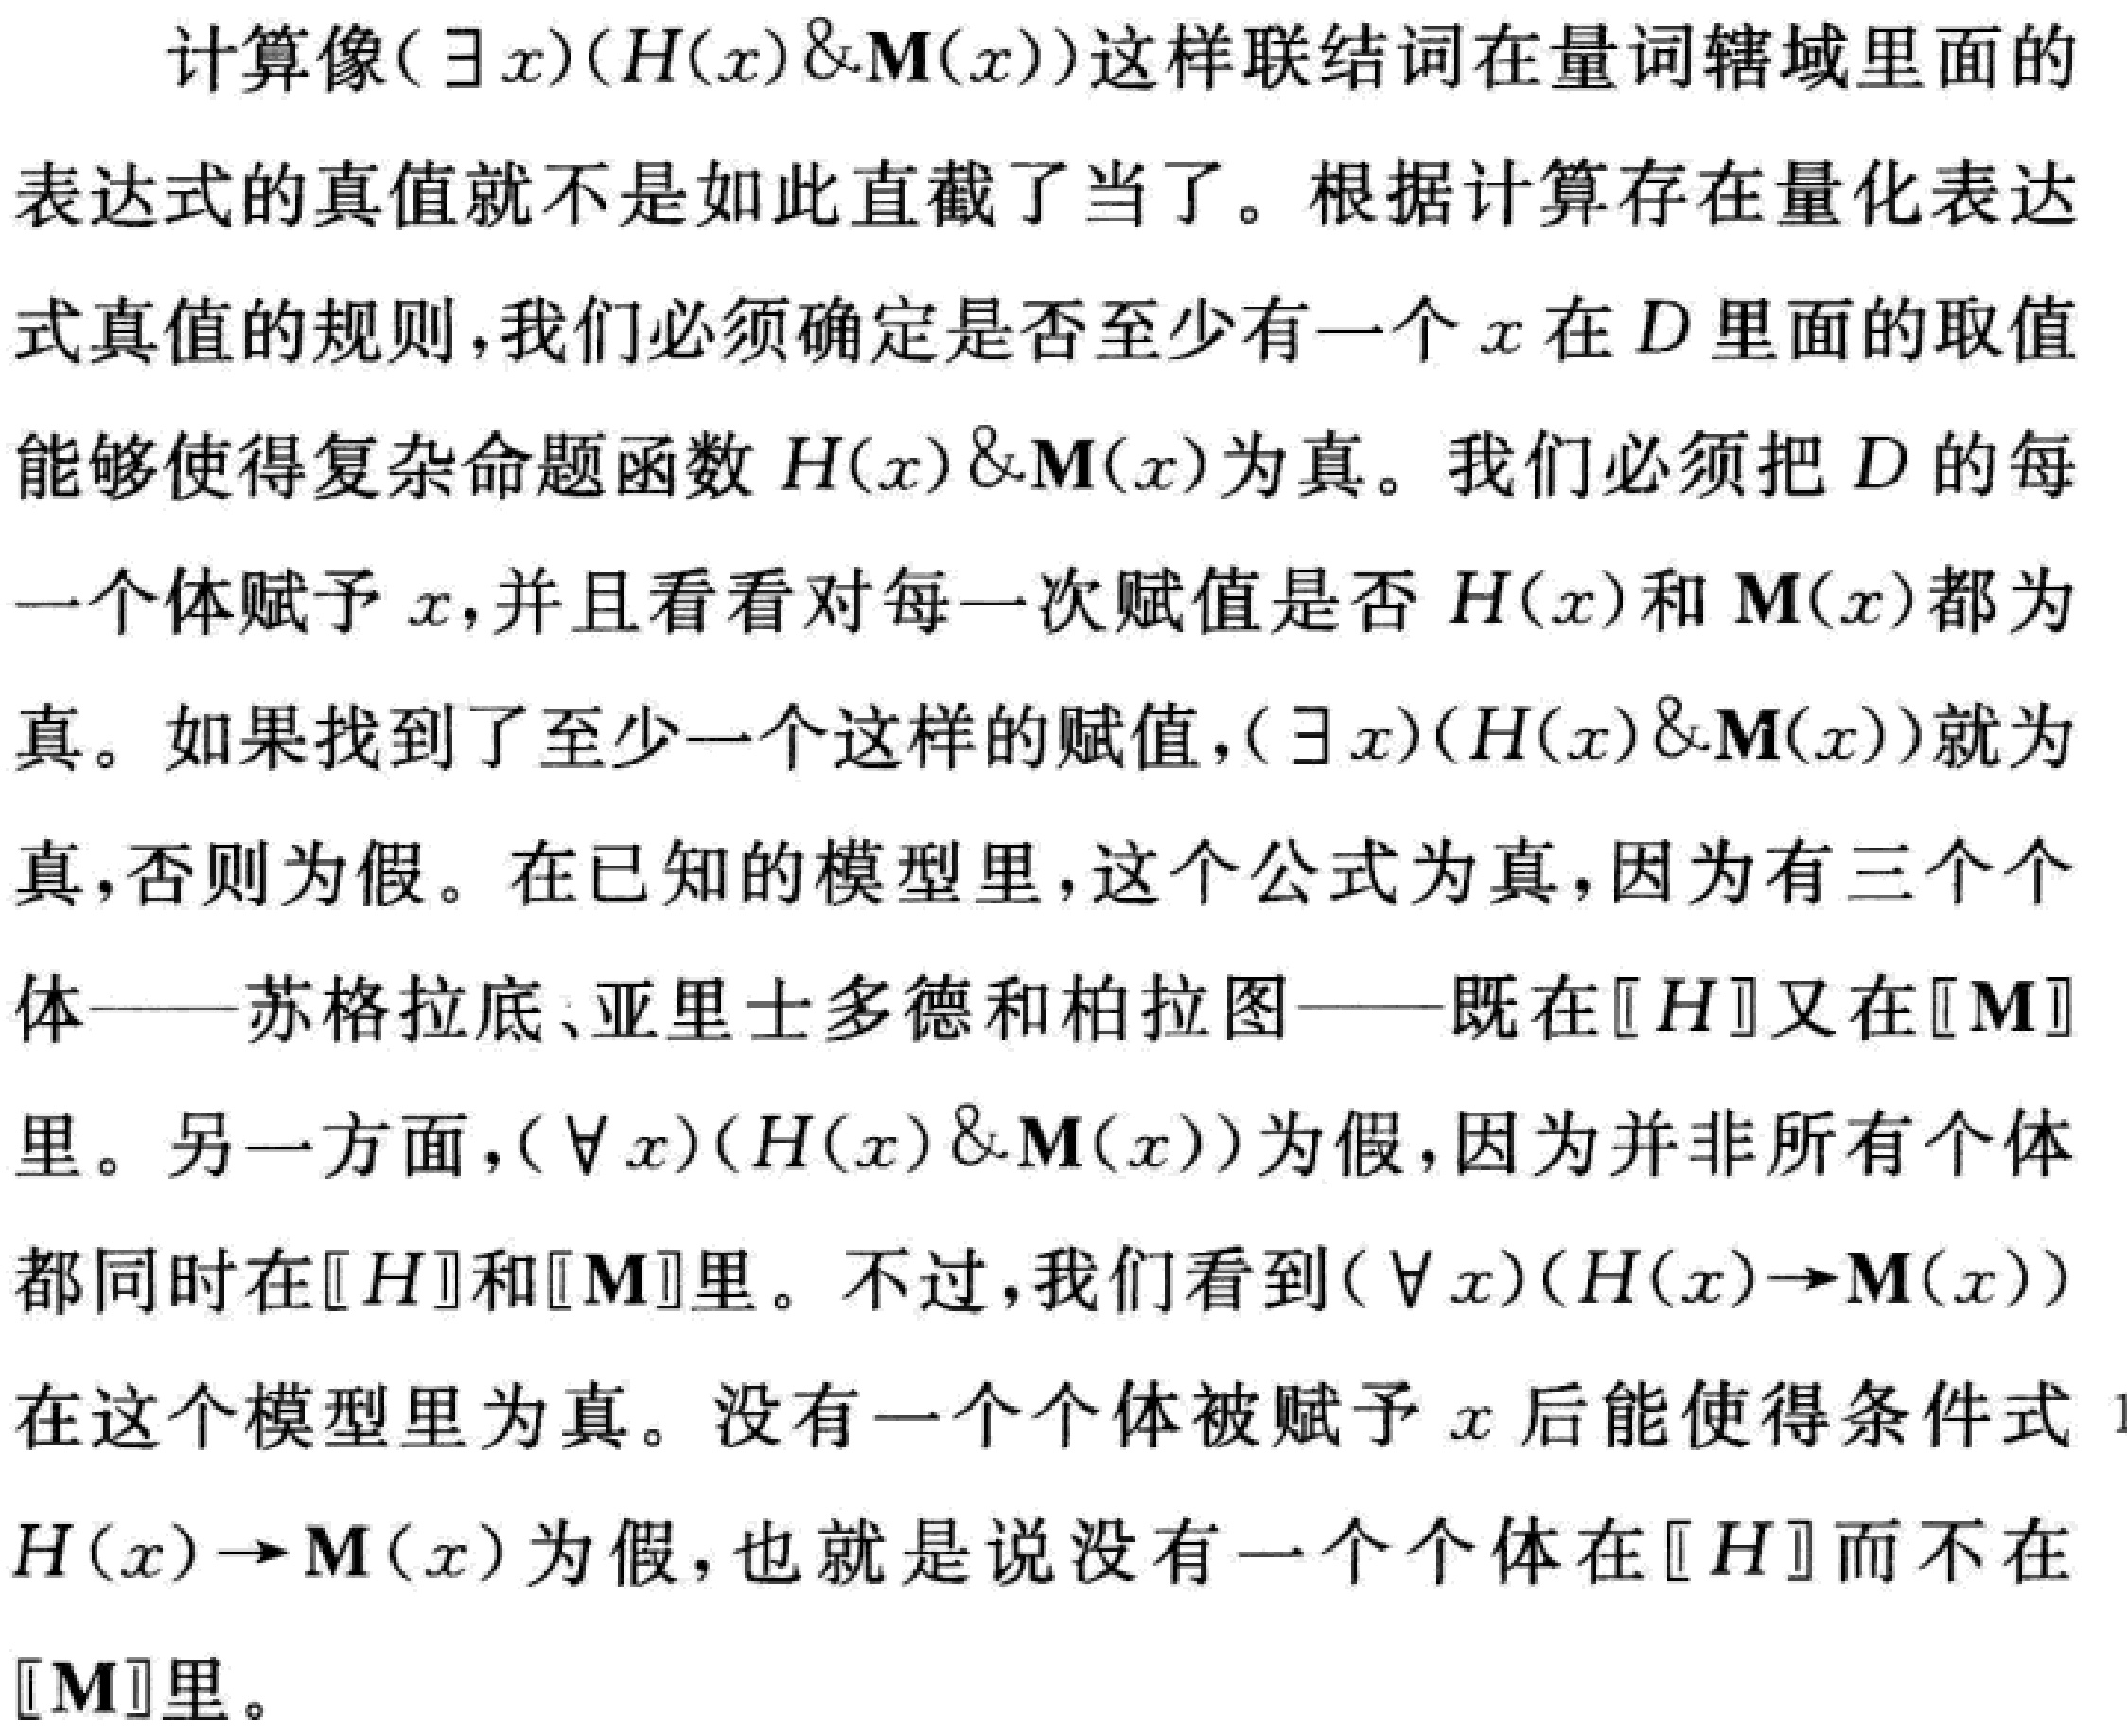
计算像\((\exists x)(H(x)\&M(x))\)这样联结词在量词辖域里面的表达式的真值就不是如此直截了当 了。根据计算存在量化表达式真值的规则，我们必须确定是否至少有一个\(x\)在\(D\)里面的取值能够使得复杂命题函数\(H(x)\&M(x)\)为真。我们必须把\(D\)的每一个体赋予\(x\)，并且看看对每一次赋值是否\(H(x)\)和\(M(x)\)都为真。如果找到了至少一个这样的赋值，\((\exists x)(H(x)\&M(x))\)就为真，否则为假。在已知的模型里，这个公式为真，因为有三个个体——苏格拉底、亚里士多德和柏拉图——既在\([[H]]\)又在\([[M]]\)里。另一方面，\((\forall x)(H(x)\&M(x))\)为假，因为并非所有个体都同时在\([[H]]\)和\([[M]]\)里。不过，我们看到\((\forall x)(H(x)\to M(x))\)在这个模型里为真。没有一个个体被赋予\(x\)后能使得条件式\(H(x)\to M(x)\)为假，也就是说没有一个个体在\([[H]]\)而不在\([[M]]\)里。